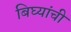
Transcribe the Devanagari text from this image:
बिघ्यांची